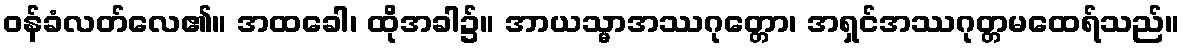
ဝန်ခံလတ်လေ၏။ အထခေါ၊ ထိုအခါ၌။ အာယသ္မာအဿဂုတ္တော၊ အရှင်အဿဂုတ္တမထေရ်သည်။